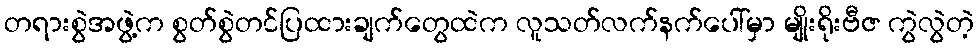
တရားစွဲအဖွဲ့က စွတ်စွဲတင်ပြထားချက်တွေထဲက လူသတ်လက်နက်ပေါ်မှာ မျိုးရိုးဗီဇ ကွဲလွဲတဲ့